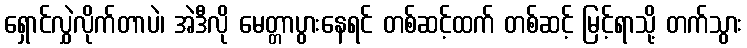
ရှောင်လွှဲလိုက်တာပဲ၊ အဲဒီလို မေတ္တာပွားနေရင် တစ်ဆင့်ထက် တစ်ဆင့် မြင့်ရာသို့ တက်သွား